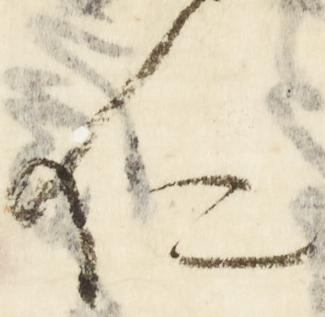
仁